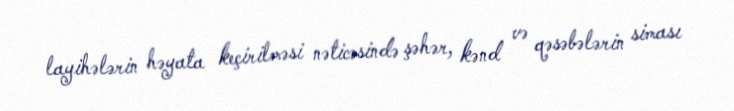
layihələrin həyata keçirilməsi nəticəsində şəhər, kənd və qəsəbələrin siması